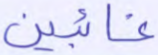
غائبين